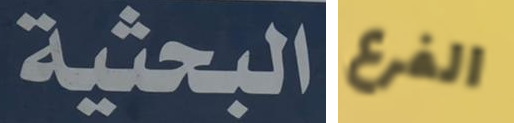
البحثية الفرع